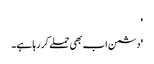
'
'دشمن اب بھی حملے کر رہا ہے۔